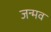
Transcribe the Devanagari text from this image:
जन्मव